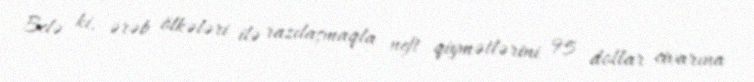
Belə ki, ərəb ölkələri ilə razılaşmaqla neft qiymətlərini 95 dollar civarına